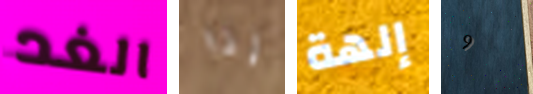
الغد إذا إلهة 9